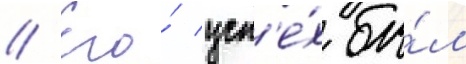
// Его́ усп'е́х бы́л